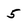
Character: 5